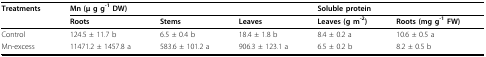
| Treatments | <COLSPAN=3> Mn (μ g g-1 DW) | <COLSPAN=2> Soluble protein |
 |  | Roots | Stems | Leaves | Leaves (g m-2) | Roots (mg g-1 FW) |
 | --- | --- | --- | --- | --- | --- |
 | Control | 124.5 ± 11.7 b | 6.5 ± 0.4 b | 18.4 ± 1.8 b | 8.4 ± 0.2 a | 10.6 ± 0.5 a |
 | Mn-excess | 11471.2 ± 1457.8 a | 583.6 ± 101.2 a | 906.3 ± 123.1 a | 6.5 ± 0.2 b | 8.2 ± 0.5 b |